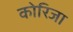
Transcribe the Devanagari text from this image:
कोरिजा